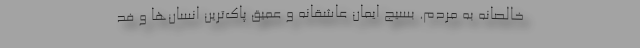
خالصانه به مردم. بسیج ایمان عاشقانه و عمیق پاک‌ترین انسان‌ها و فد